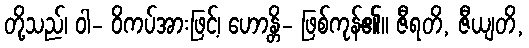
တို့သည်၊ ဝါ- ဝိကပ်အားဖြင့်၊ ဟောန္တိ- ဖြစ်ကုန်၏။ ဇီရတိ, ဇီယျတိ,